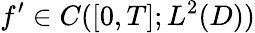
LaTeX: f^{\prime}\in C([0,T];L^{2}(D))